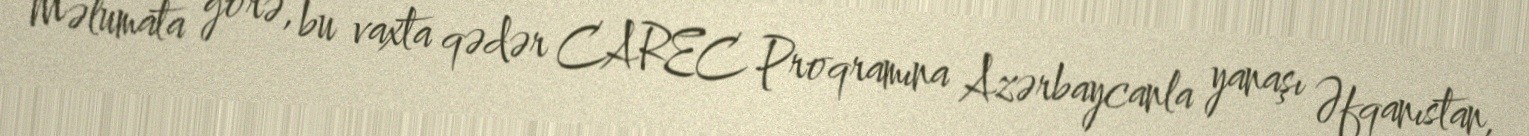
Məlumata görə, bu vaxta qədər CAREC Proqramına Azərbaycanla yanaşı Əfqanıstan,